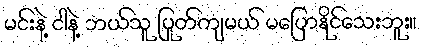
မင်းနဲ့ ငါနဲ့ ဘယ်သူ ပြုတ်ကျမယ် မပြောနိုင်သေးဘူး။